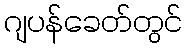
ဂျပန်ခေတ်တွင်